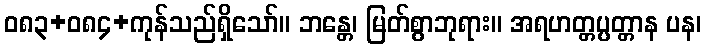
ဝ၈၃+၀၈၄+ကုန်သည်ရှိသော်။ ဘန္တေ၊ မြတ်စွာဘုရား။ အရဟတ္တပ္ပတ္တာန ပန၊